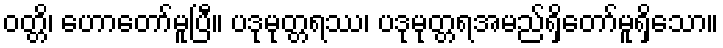
ဝတ္တိ၊ ဟောတော်မူပြီ။ ပဒုမုတ္တရဿ၊ ပဒုမုတ္တရအမည်ရှိတော်မူရှိသော။